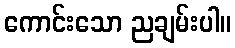
ကောင်းသော ညချမ်းပါ။